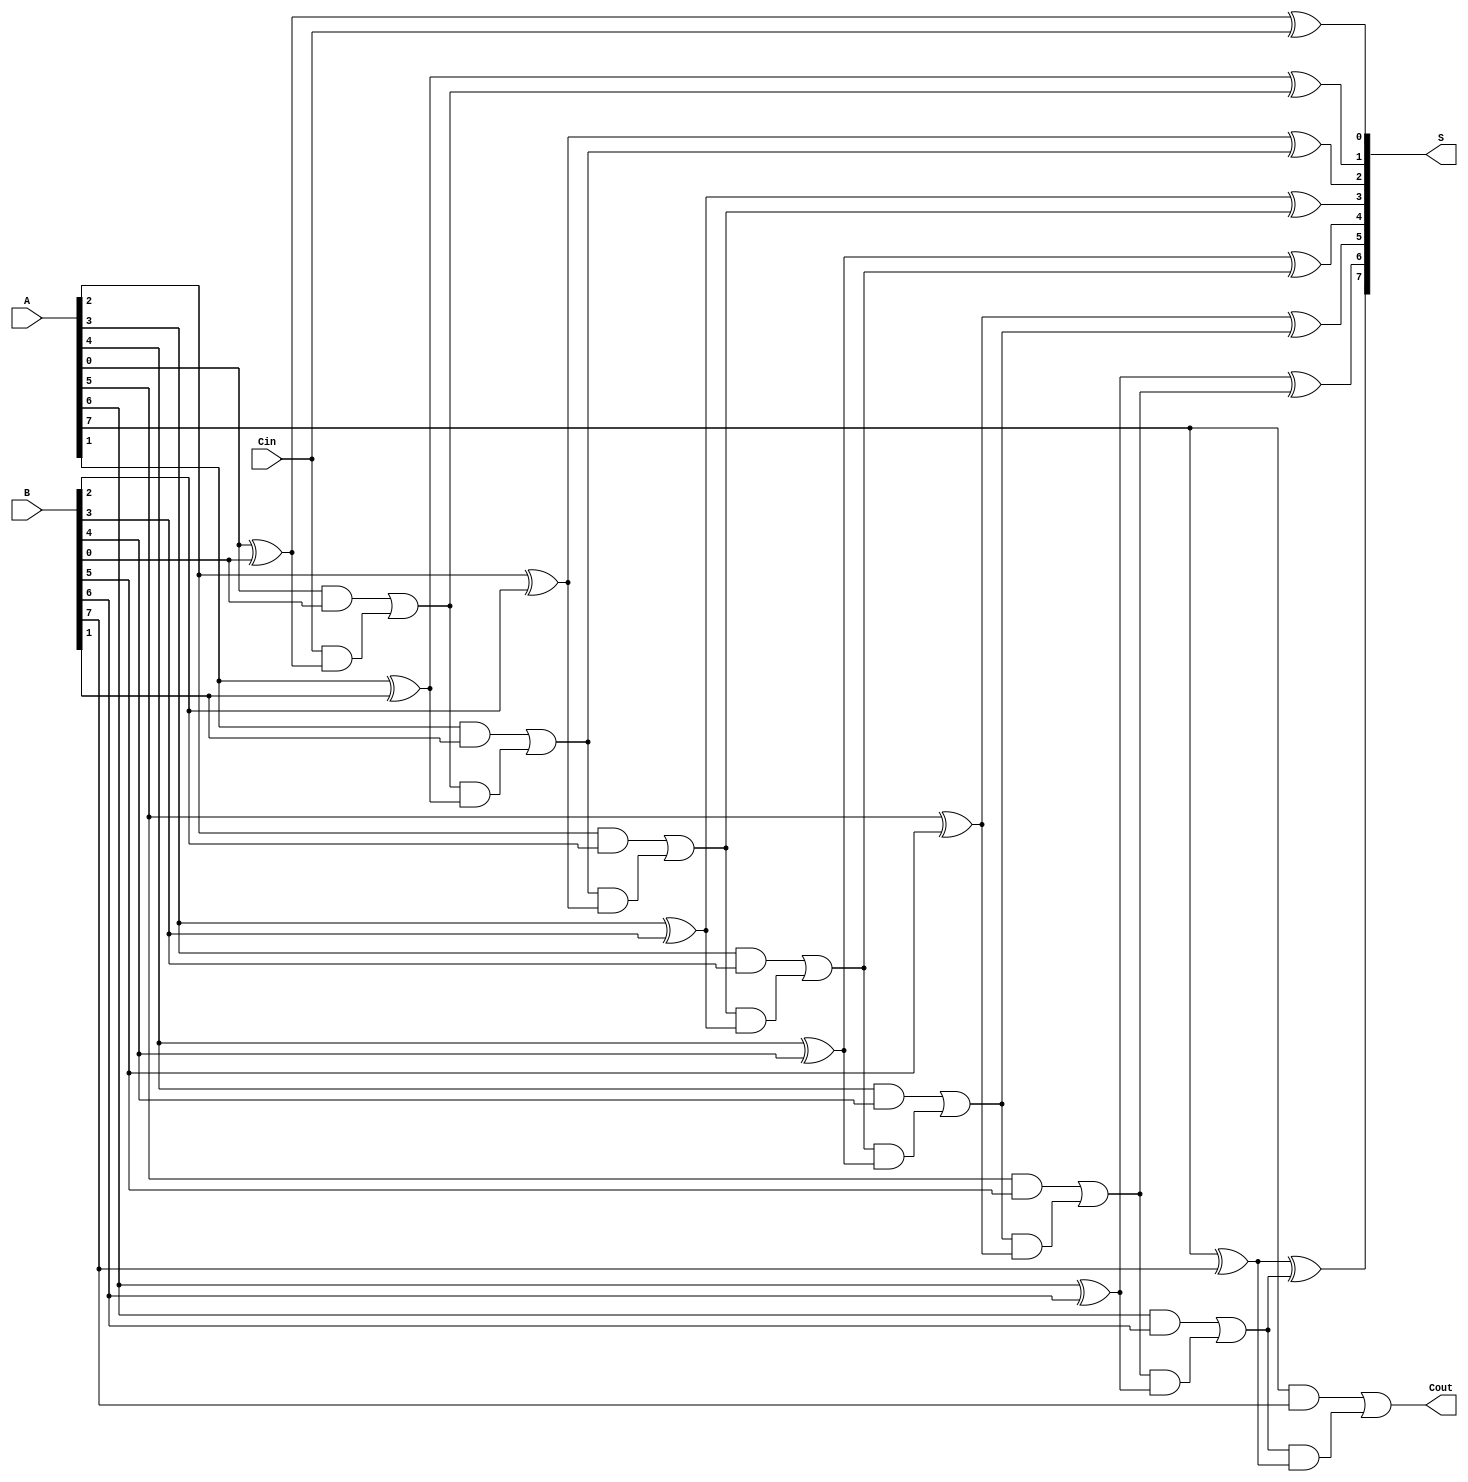
module ManchesterCarryChainAdder #(
    parameter WIDTH = 8  // Define the bit-width of the adder
)(
    input [WIDTH-1:0] A,   // First binary number
    input [WIDTH-1:0] B,   // Second binary number
    input Cin,              // Carry-in
    output [WIDTH-1:0] S,   // Sum output
    output Cout             // Carry-out
);

    wire [WIDTH:0] carry;  // Carry bits (extra carry bit for carry out)

    assign carry[0] = Cin; // Initial carry is Cin

    generate
        genvar i;
        for (i = 0; i < WIDTH; i = i + 1) begin : adder_logic
            // Sum calculation: S[i] = A[i] ^ B[i] ^ carry[i]
            assign S[i] = A[i] ^ B[i] ^ carry[i];
            // Carry calculation: carry[i+1] = (A[i] & B[i]) | (carry[i] & (A[i] ^ B[i]))
            assign carry[i + 1] = (A[i] & B[i]) | (carry[i] & (A[i] ^ B[i]));
        end
    endgenerate

    assign Cout = carry[WIDTH]; // Final carry-out

endmodule